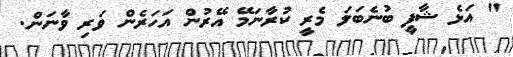
" އަޅެ ޝާފީ ބުނެބަލަ މެރީ ކުރާނަމޭ އޭރުން އަހަރެން ވަރި ވާނަން.